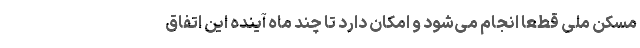
مسکن ملی قطعا انجام می‌شود و امکان دارد تا چند ماه آینده این اتفاق